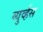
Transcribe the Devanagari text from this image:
व्युर्व्हस